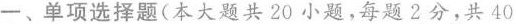
一、单项选择题(本大题共20小题，每题2分，共40